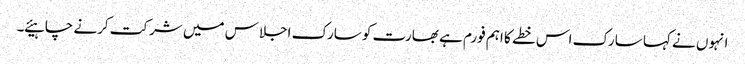
انہوں نے کہا سارک اس خطے کا اہم فورم ہے بھارت کو سارک اجلاس میں شرکت کرنے چاہیئے ۔